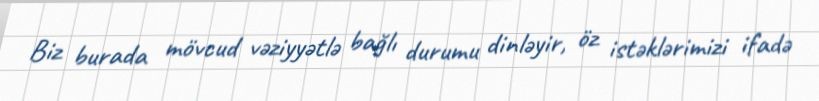
Biz burada mövcud vəziyyətlə bağlı durumu dinləyir, öz istəklərimizi ifadə